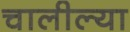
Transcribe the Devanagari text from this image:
चालील्या